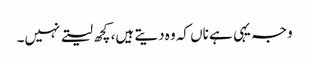
وجہ یہی ہے ناں کہ وہ دیتے ہیں، کچھ لیتے نہیں۔